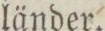
länder.